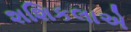
શશિકલાએ